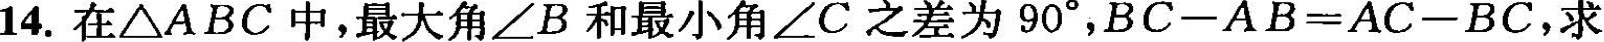
14.在△ABC中，最大角∠B和最小角∠C之差为90°，$$B C - A B = A C - B C$$，求